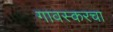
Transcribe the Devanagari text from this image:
गावस्करचा